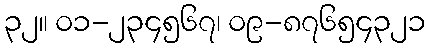
၃၂။ ၀၁-၂၃၄၅၆၇၊ ၀၉-၈၇၆၅၄၃၂၁